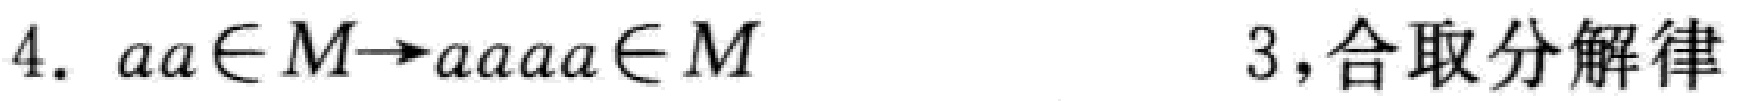
4. \(aa\in M\rightarrow aaaaa\in M\) 3,合取分解律